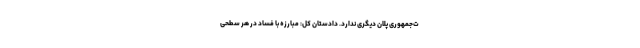
ت‌جمهوری پلان دیگری ندارد. دادستان کل: مبارزه با فساد در هر سطحی